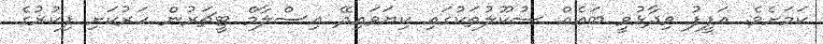
ކަމަށެވެ. އަފީފު ވިދާޅުވީ ބައެއް ސުކޫލުތަކުގައި ކިޔަވައިދޭ އިސްލާމް ޓީޗަރުން ހަރުކަށި ފިކުރުގެ